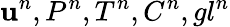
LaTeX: \mathbf{u}^{n},P^{n},T^{n},C^{n},gl^{n}